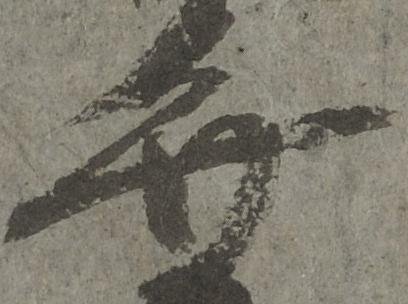
弁